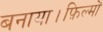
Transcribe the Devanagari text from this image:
बनाया।फ़िल्मों